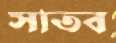
সাতব